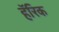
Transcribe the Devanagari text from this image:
हॅरिक